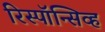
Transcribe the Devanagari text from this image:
रिस्पॉन्सिव्ह